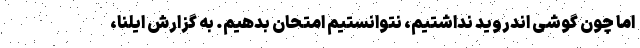
اما چون گوشی اندروید نداشتیم، نتوانستیم امتحان بدهیم. به گزارش ایلنا،